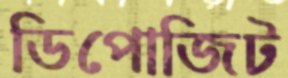
ডিপোজিট